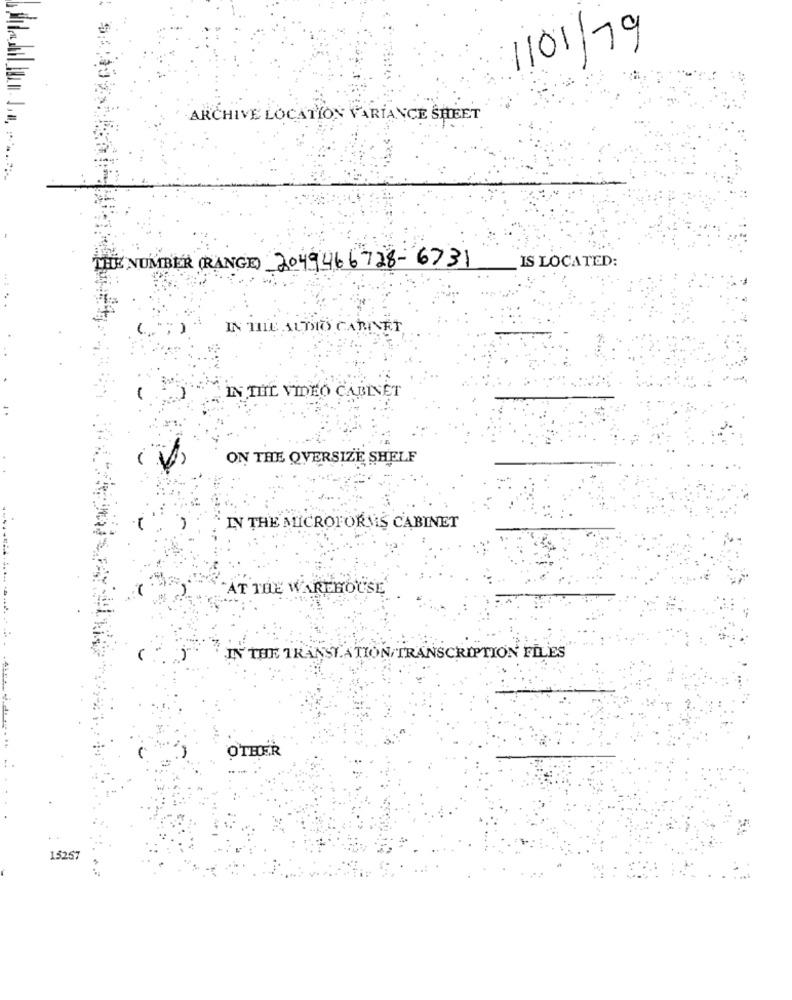
1/01/79
ARCHIVE LOCATION VARIANCE SHEET
IS LOCATED:
THE NUMBER (RANGE) 2049466728-6731
IN THE AUDIO CARNET
IN THE VIDEO CABINET
ON THE OVERSIZE SHELF
IN THE MICROFORMS CABINET
AT THE WAREHOUSE
IN THE TRANSLATION/TRANSCRIPTION FILES
OTHER
..
15257